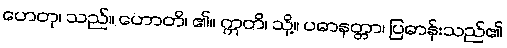
ဟေတု၊ သည်။ ဟောတိ၊ ၏။ ဣတိ၊ သို့။ ပဓာနတ္တာ၊ ပြဓာန်းသည်၏